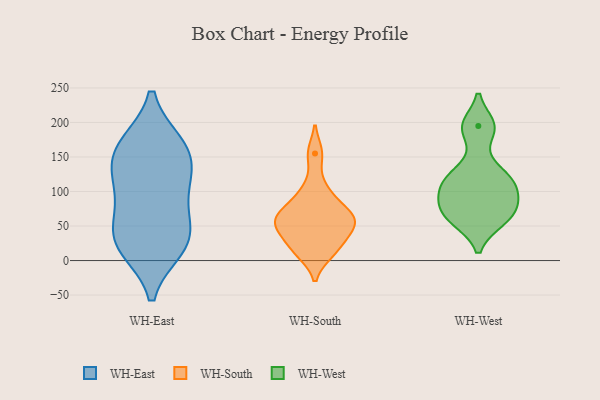
{"axis": {"x": "LTV (USD)", "y": "Value"}, "legend": ["WH-East", "WH-South", "WH-West"], "data": [{"x": "", "y": 132, "type": "WH-East"}, {"x": "", "y": 164, "type": "WH-East"}, {"x": "", "y": 162, "type": "WH-East"}, {"x": "", "y": 121, "type": "WH-East"}, {"x": "", "y": 34, "type": "WH-East"}, {"x": "", "y": 98, "type": "WH-East"}, {"x": "", "y": 20, "type": "WH-East"}, {"x": "", "y": 27, "type": "WH-East"}, {"x": "", "y": 73, "type": "WH-East"}, {"x": "", "y": 167, "type": "WH-East"}, {"x": "", "y": 30, "type": "WH-East"}, {"x": "", "y": 11, "type": "WH-South"}, {"x": "", "y": 59, "type": "WH-South"}, {"x": "", "y": 14, "type": "WH-South"}, {"x": "", "y": 155, "type": "WH-South"}, {"x": "", "y": 38, "type": "WH-South"}, {"x": "", "y": 84, "type": "WH-South"}, {"x": "", "y": 104, "type": "WH-South"}, {"x": "", "y": 64, "type": "WH-South"}, {"x": "", "y": 37, "type": "WH-South"}, {"x": "", "y": 63, "type": "WH-South"}, {"x": "", "y": 57, "type": "WH-South"}, {"x": "", "y": 195, "type": "WH-West"}, {"x": "", "y": 59, "type": "WH-West"}, {"x": "", "y": 80, "type": "WH-West"}, {"x": "", "y": 124, "type": "WH-West"}, {"x": "", "y": 58, "type": "WH-West"}, {"x": "", "y": 124, "type": "WH-West"}, {"x": "", "y": 100, "type": "WH-West"}, {"x": "", "y": 77, "type": "WH-West"}, {"x": "", "y": 107, "type": "WH-West"}, {"x": "", "y": 191, "type": "WH-West"}]}